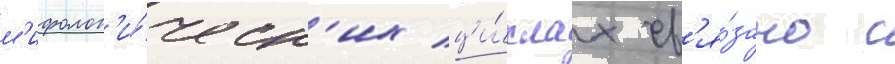
м'ифолог'и́ческ'их ци́клах св'я́зано с